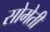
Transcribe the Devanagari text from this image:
सोमेती